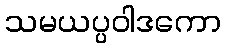
သမယပ္ပဝါဒကော